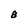
Character: 8